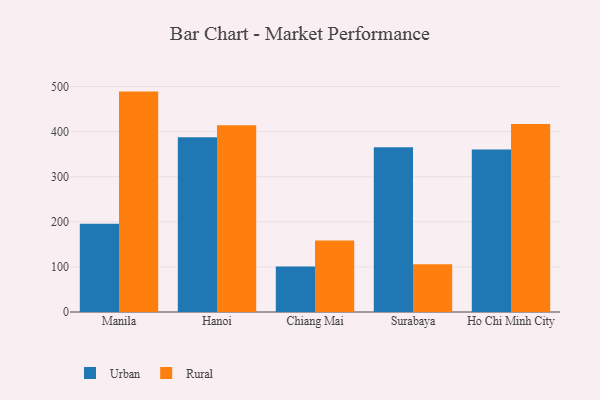
{"axis": {"x": "City", "y": "Shipments"}, "legend": ["Rural", "Urban"], "data": [{"x": "Manila", "y": 195.9, "type": "Urban"}, {"x": "Manila", "y": 488.8, "type": "Rural"}, {"x": "Hanoi", "y": 387.4, "type": "Urban"}, {"x": "Hanoi", "y": 414.3, "type": "Rural"}, {"x": "Chiang Mai", "y": 101.1, "type": "Urban"}, {"x": "Chiang Mai", "y": 158.6, "type": "Rural"}, {"x": "Surabaya", "y": 365.5, "type": "Urban"}, {"x": "Surabaya", "y": 106.1, "type": "Rural"}, {"x": "Ho Chi Minh City", "y": 360.3, "type": "Urban"}, {"x": "Ho Chi Minh City", "y": 417.2, "type": "Rural"}]}